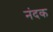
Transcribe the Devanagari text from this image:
नंदक